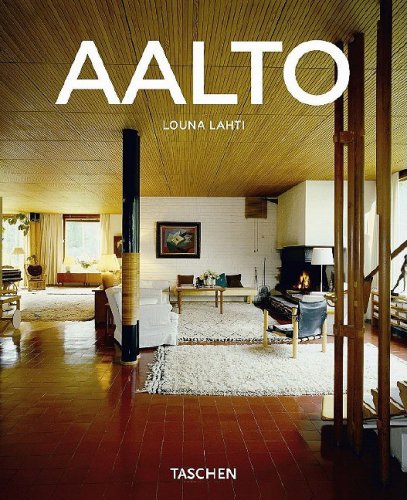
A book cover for Aalto (Taschen Basic Architecture); Louna Lahti; Biographies & Memoirs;